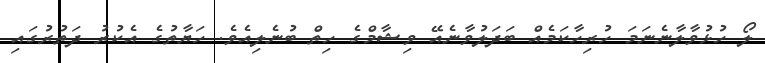
ލޯ ހުޅުވާލާނެނަމަ ހުރިހާކަމެއް ބަދަލުވާނެއޭ ވިޝާމްގެ ހިތް ބުނެލިއެވެ. ހަޔާތުގެ އެކުރު ދަތުރުގައި